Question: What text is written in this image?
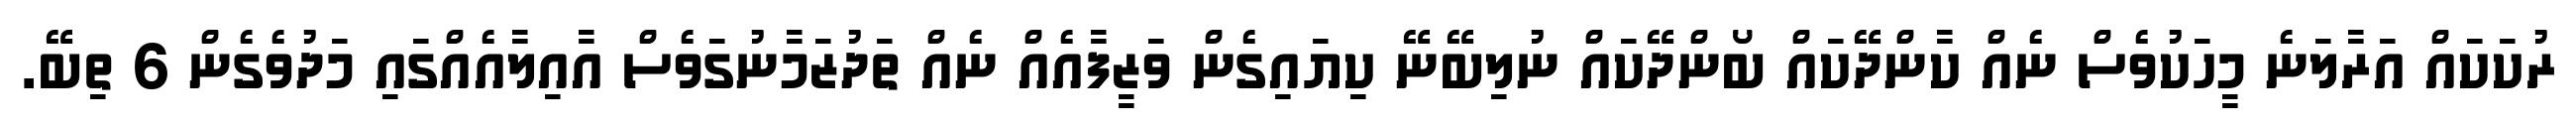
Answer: ރުކަކައް އަރާލަނެ މީހަކުވެސް ނެއް ކާންދޭކައް ބޯންދޭކައް ނުލިބޭނޭ ކިޔައިގެން ވަޒީފާއެއް ނެއް ތަދުޒަމާނުގަވެސް އާއިލާއެއްގައި މަދުވެގެން 6 ތިބޭ.